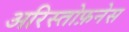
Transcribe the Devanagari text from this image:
अरिस्तोफ़नेस